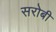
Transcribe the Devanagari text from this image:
सरोबी